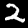
Label: 2